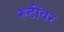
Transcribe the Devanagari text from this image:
रूढींवर